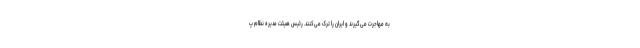
به مهاجرت می‌گیرند و ایران را ترک می‌کنند. رئیس هیئت مدیره نظام پ